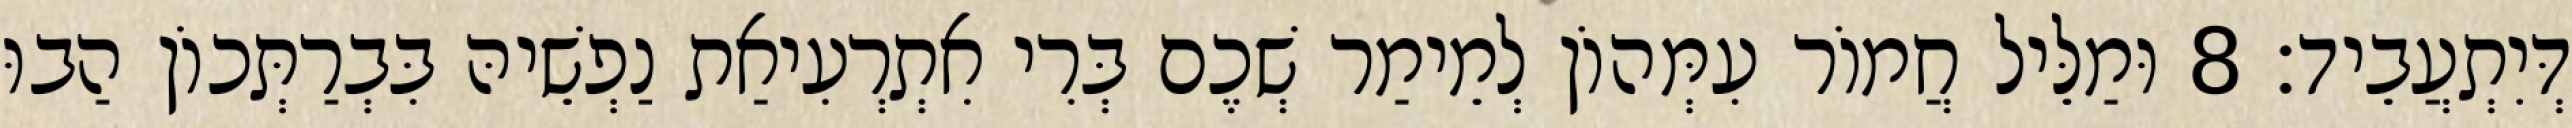
דְּיִתְעֲבֵיד׃ 8 וּמַלֵּיל חֲמוֹר עִמְּהוֹן לְמֵימַר שְׁכֶם בְּרִי אִתְרְעִיאַת נַפְשֵׁיהּ בִּבְרַתְּכוֹן הַבוּ